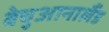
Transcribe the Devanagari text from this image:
बेचुआनालैंड